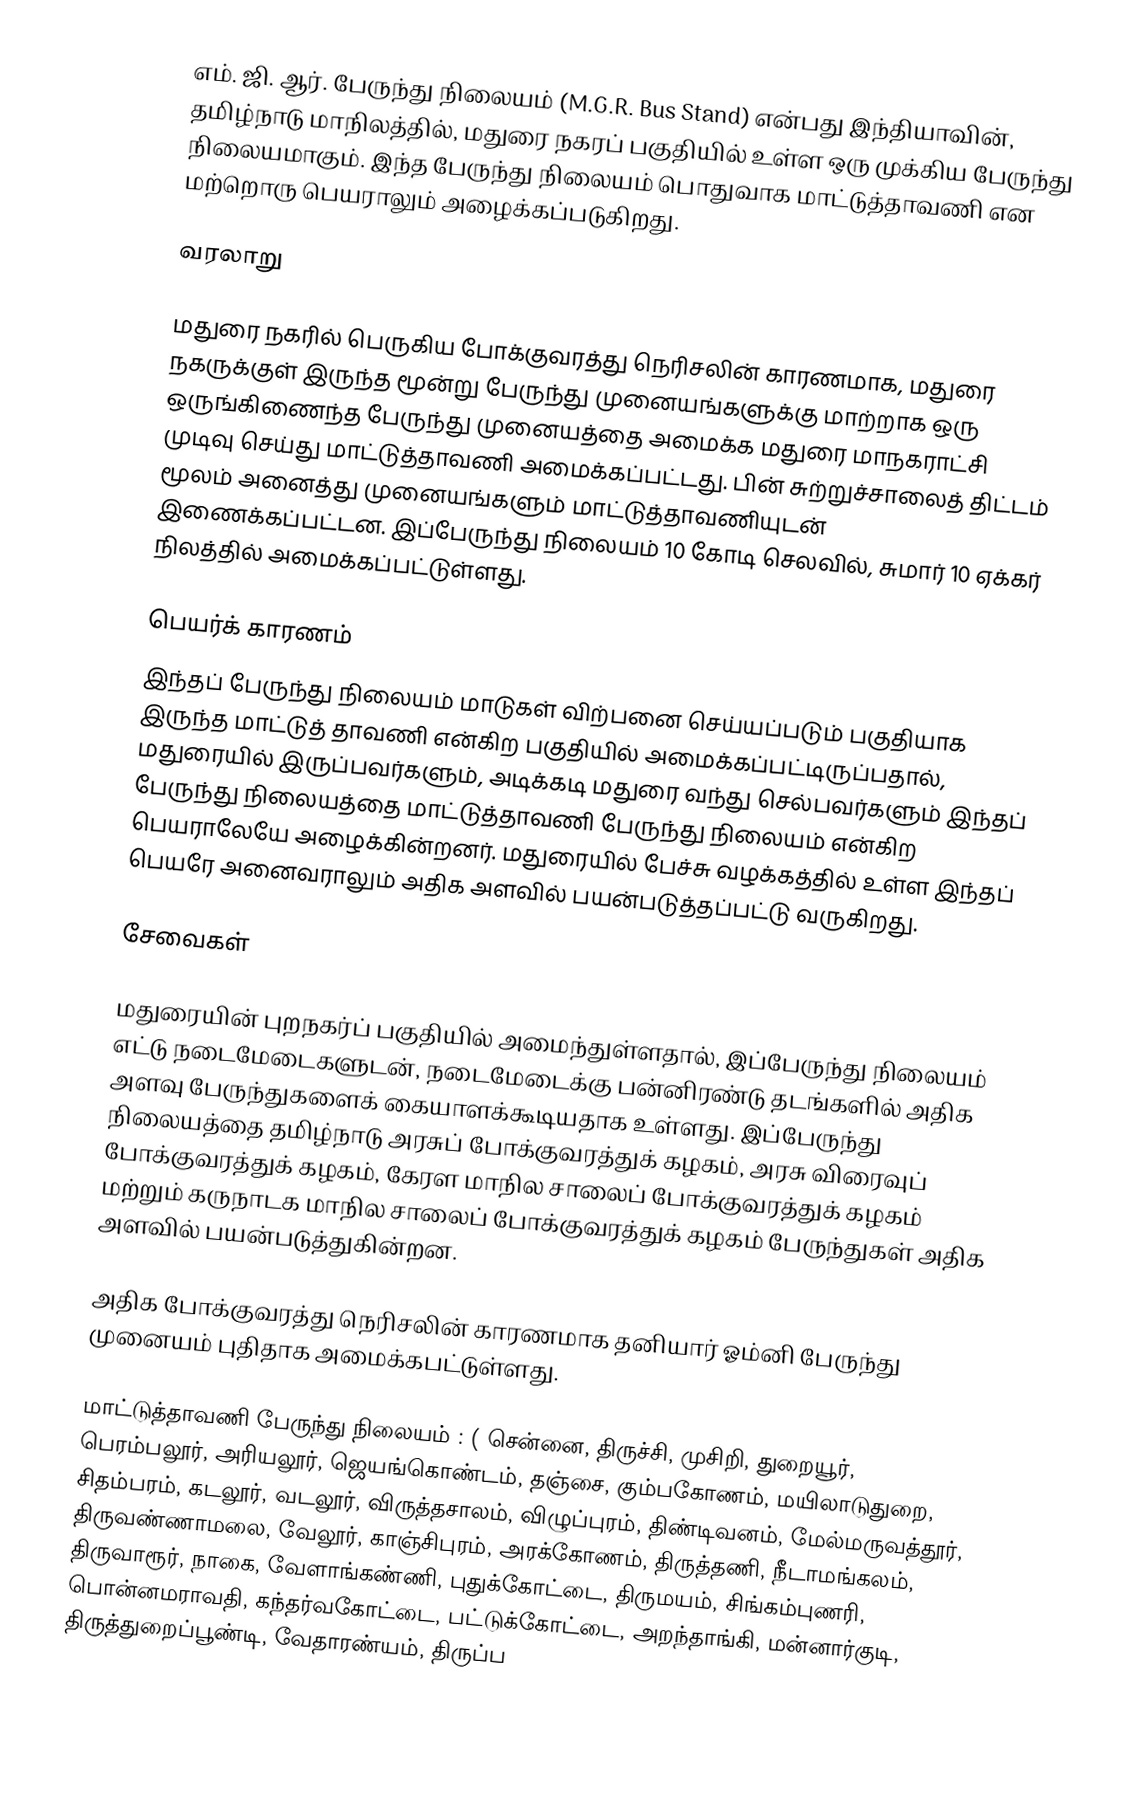
எம். ஜி. ஆர். பேருந்து நிலையம் (M.G.R. Bus Stand) என்பது இந்தியாவின், தமிழ்நாடு மாநிலத்தில், மதுரை நகரப் பகுதியில் உள்ள ஒரு முக்கிய பேருந்து நிலையமாகும். இந்த பேருந்து நிலையம் பொதுவாக மாட்டுத்தாவணி என மற்றொரு பெயராலும் அழைக்கப்படுகிறது.

வரலாறு

மதுரை நகரில் பெருகிய போக்குவரத்து நெரிசலின் காரணமாக, மதுரை நகருக்குள் இருந்த மூன்று பேருந்து முனையங்களுக்கு மாற்றாக ஒரு ஒருங்கிணைந்த பேருந்து முனையத்தை அமைக்க மதுரை மாநகராட்சி முடிவு செய்து மாட்டுத்தாவணி அமைக்கப்பட்டது. பின் சுற்றுச்சாலைத் திட்டம் மூலம் அனைத்து முனையங்களும் மாட்டுத்தாவணியுடன் இணைக்கப்பட்டன. இப்பேருந்து நிலையம் 10 கோடி செலவில், சுமார் 10 ஏக்கர் நிலத்தில் அமைக்கப்பட்டுள்ளது.

பெயர்க் காரணம்
இந்தப் பேருந்து நிலையம் மாடுகள் விற்பனை செய்யப்படும் பகுதியாக இருந்த மாட்டுத் தாவணி என்கிற பகுதியில் அமைக்கப்பட்டிருப்பதால், மதுரையில் இருப்பவர்களும், அடிக்கடி மதுரை வந்து செல்பவர்களும் இந்தப் பேருந்து நிலையத்தை மாட்டுத்தாவணி பேருந்து நிலையம் என்கிற பெயராலேயே அழைக்கின்றனர். மதுரையில் பேச்சு வழக்கத்தில் உள்ள இந்தப் பெயரே அனைவராலும் அதிக அளவில் பயன்படுத்தப்பட்டு வருகிறது.

சேவைகள்

மதுரையின் புறநகர்ப் பகுதியில் அமைந்துள்ளதால், இப்பேருந்து நிலையம் எட்டு நடைமேடைகளுடன், நடைமேடைக்கு பன்னிரண்டு தடங்களில் அதிக அளவு பேருந்துகளைக் கையாளக்கூடியதாக உள்ளது. இப்பேருந்து நிலையத்தை தமிழ்நாடு அரசுப் போக்குவரத்துக் கழகம், அரசு விரைவுப் போக்குவரத்துக் கழகம், கேரள மாநில சாலைப் போக்குவரத்துக் கழகம் மற்றும் கருநாடக மாநில சாலைப் போக்குவரத்துக் கழகம் பேருந்துகள் அதிக அளவில் பயன்படுத்துகின்றன.

அதிக போக்குவரத்து நெரிசலின் காரணமாக தனியார் ஓம்னி பேருந்து முனையம் புதிதாக அமைக்கபட்டுள்ளது.

மாட்டுத்தாவணி பேருந்து நிலையம் : ( சென்னை, திருச்சி, முசிறி, துறையூர், பெரம்பலூர், அரியலூர், ஜெயங்கொண்டம், தஞ்சை, கும்பகோணம், மயிலாடுதுறை, சிதம்பரம், கடலூர், வடலூர், விருத்தசாலம், விழுப்புரம், திண்டிவனம், மேல்மருவத்தூர், திருவண்ணாமலை, வேலூர், காஞ்சிபுரம், அரக்கோணம், திருத்தணி, நீடாமங்கலம், திருவாரூர், நாகை, வேளாங்கண்ணி, புதுக்கோட்டை, திருமயம், சிங்கம்புணரி, பொன்னமராவதி, கந்தர்வகோட்டை, பட்டுக்கோட்டை, அறந்தாங்கி, மன்னார்குடி, திருத்துறைப்பூண்டி, வேதாரண்யம், திருப்ப